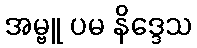
အမ္ဗူ ပမ နိဒ္ဒေသ